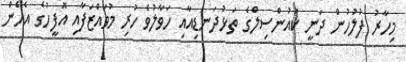
މިހާރު ފުލުހުން ދަނީ ކައުންސިލްގެ ތަޅުދަނޑިއާއި ހަވާލުވެ ހުރި މުވައްޒަފާއި އޮފީހުގެ އެހެން